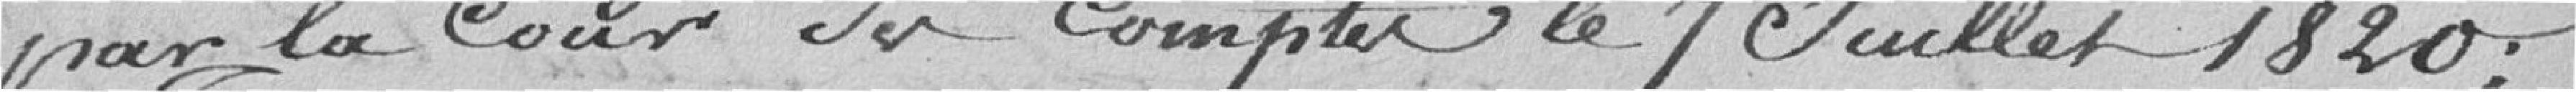
par la Cour des Comptes le 7 juillet 1820.